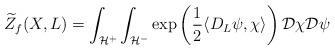
LaTeX: \begin{align*}\widetilde{Z}_f(X,L) = \int_{\mathcal{H}^+} \int_{\mathcal{H}^-} \exp\left( \frac{1}{2} \langle D_L \psi, \chi \rangle \right) \mathcal{D} \chi \mathcal{D} \psi\end{align*}